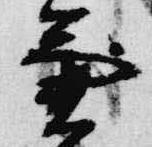
兼